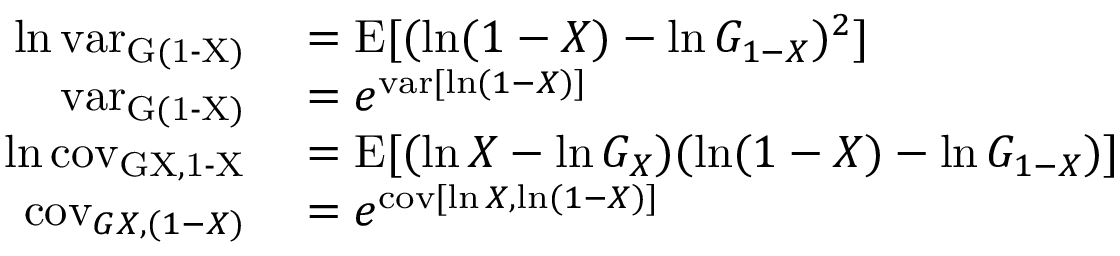
\begin{array} { r l } { \ln \operatorname { v a r _ { G ( 1 - X ) } } } & { { } = \operatorname { E } [ ( \ln ( 1 - X ) - \ln G _ { 1 - X } ) ^ { 2 } ] } \\ { \operatorname { v a r _ { G ( 1 - X ) } } } & { { } = e ^ { \operatorname { v a r } [ \ln ( 1 - X ) ] } } \\ { \ln \operatorname { c o v _ { G { X , 1 - X } } } } & { { } = \operatorname { E } [ ( \ln X - \ln G _ { X } ) ( \ln ( 1 - X ) - \ln G _ { 1 - X } ) ] } \\ { \operatorname { c o v } _ { G { X , ( 1 - X ) } } } & { { } = e ^ { \operatorname { c o v } [ \ln X , \ln ( 1 - X ) ] } } \end{array}